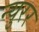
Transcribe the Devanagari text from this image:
न्युरर